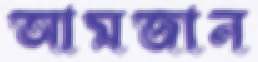
আমজান